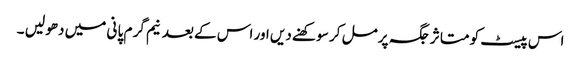
اس پیسٹ کو متا ثر جگہ پر مل کر سو کھنے دیں اور اس کے بعد نیم گر م پا نی میں دھو لیں ۔